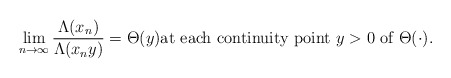
\begin{align*}\lim_{n \to \infty} \frac{\Lambda(x_n)}{\Lambda(x_n y)} = \Theta(y) \text{at each continuity point $y>0$ of $\Theta(\cdot)$}.\end{align*}